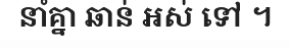
នាំគ្នា ឆាន់ អស់ ទៅ ។